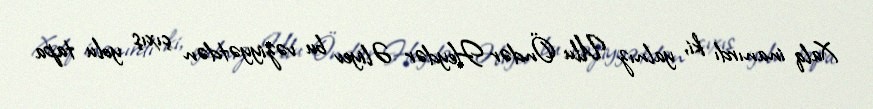
Xalq inanırdı ki, yalnız Ulu Öndər Heydər Əliyev bu vəziyyətdən çıxış yolu tapa